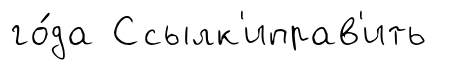
го́да Ссылк'иправ'ить